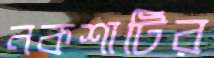
নকশাটির